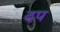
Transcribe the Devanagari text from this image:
दप